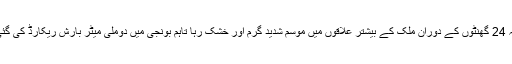
گزشتہ 24 گھنٹوں کے دوران ملک کے بیشتر علاقوں میں موسم شدید گرم اور خشک رہا تاہم بونجی میں دوملی میٹر بارش ریکارڈ کی گئی ہے۔